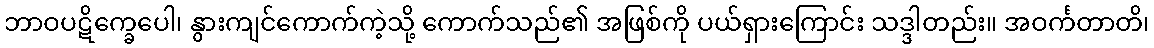
ဘာဝပဋိက္ခေပေါ၊ နွားကျင်ကောက်ကဲ့သို့ ကောက်သည်၏ အဖြစ်ကို ပယ်ရှားကြောင်း သဒ္ဒါတည်း။ အဝင်္ကတာတိ၊